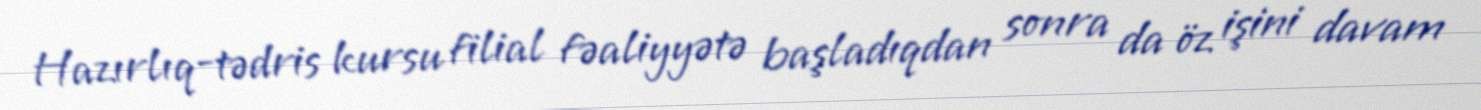
Hazırlıq-tədris kursu filial fəaliyyətə başladıqdan sonra da öz işini davam